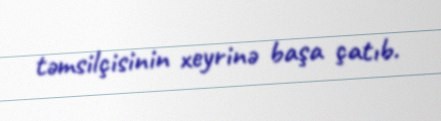
təmsilçisinin xeyrinə başa çatıb.